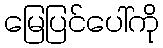
မြေပြင်ပေါ်ကို